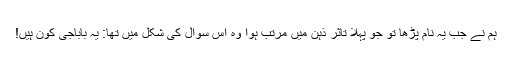
ہم نے جب یہ نام پڑھا تو جو پہلا تاثر ذہن میں مرتب ہوا وہ اس سوال کی شکل میں تھا: یہ باباجی کون ہیں!